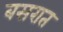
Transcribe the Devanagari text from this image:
बसरात